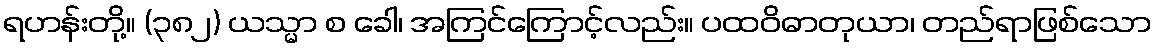
ရဟန်းတို့။ (၃၈၂) ယသ္မာ စ ခေါ၊ အကြင်ကြောင့်လည်း။ ပထဝိဓာတုယာ၊ တည်ရာဖြစ်သော